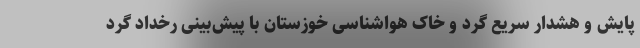
پایش و هشدار سریع گرد و خاک هواشناسی خوزستان با پیش‌بینی رخداد گرد